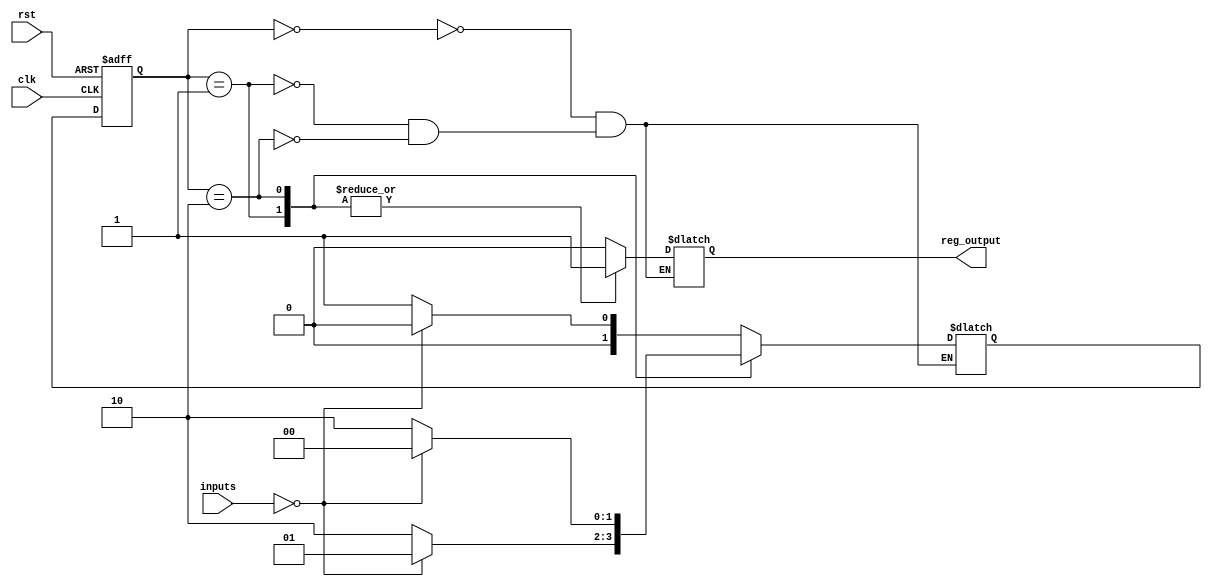
module Moore_State_Machine (
   input wire clk,
   input wire rst,
   input wire [1:0] inputs,
   output wire reg_output
);

   // Enumerate states
   parameter S0 = 2'b00;
   parameter S1 = 2'b01;
   parameter S2 = 2'b10;

   // State register
   reg [1:0] state_reg, next_state_reg;

   // Output values for each state
   reg reg_output;

   always @ (posedge clk or posedge rst) begin
      if (rst) begin
         state_reg <= S0;
      end else begin
         state_reg <= next_state_reg;
      end
   end

   always @ (*) begin
      case (state_reg)
         S0: begin
            next_state_reg = (inputs == 2'b00) ? S0 : S1;
            reg_output = 1'b0;
         end
         S1: begin
            next_state_reg = (inputs == 2'b00) ? S1 : S2;
            reg_output = 1'b1;
         end
         S2: begin
            next_state_reg = (inputs == 2'b00) ? S0 : S2;
            reg_output = 1'b1;
         end
      endcase
   end

endmodule